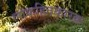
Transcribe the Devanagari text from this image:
लोकहितकारक